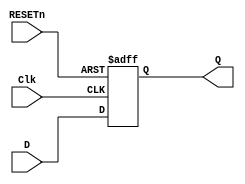
//ttl_74273.v
// Octal D flip-flop with reset; positive-edge-triggered
//iverilog ttl_74273.v
`default_nettype none
`timescale 1ns/1ns
module ttl_74273 #(parameter DELAY_RISE = 12, DELAY_FALL = 13) 
(
  input wire Clk,
  input wire RESETn,
  input wire [7:0] D,
  output wire [7:0] Q
);
    //------------------------------------------------//
    reg [7:0] Q_current;
    // initial begin 
    //   Q_current <= 8'h00;
    // end//supposition
    
    always @(posedge Clk or negedge RESETn)
    begin
        
        if (!RESETn)
        Q_current <= 0;
        else
        begin
        Q_current <= D;
        end
    end
    //------------------------------------------------//
    assign #(DELAY_RISE, DELAY_FALL) Q = Q_current;
endmodule